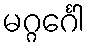
မဂ္ဂင်္ဂေါ